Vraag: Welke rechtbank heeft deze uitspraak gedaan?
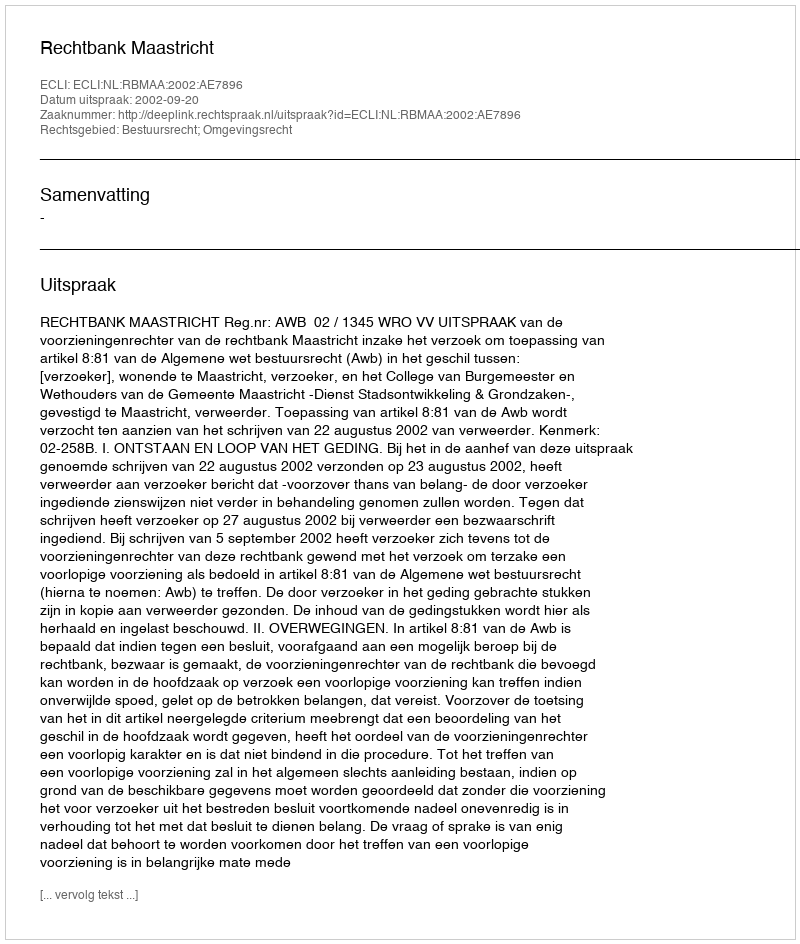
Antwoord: Rechtbank Maastricht